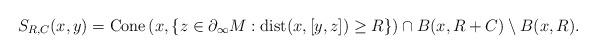
LaTeX: \begin{align*} S_{R,C}(x, y)=\mathrm{Cone}\left(x, \{z\in\partial_\infty M: \mathrm{dist}(x, [y, z])\geq R\}\right)\cap B(x, R+C)\setminus B(x, R). \end{align*}